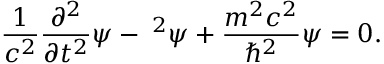
{ \frac { 1 } { c ^ { 2 } } } { \frac { \partial ^ { 2 } } { \partial t ^ { 2 } } } \psi - \mathbf { \nabla } ^ { 2 } \psi + { \frac { m ^ { 2 } c ^ { 2 } } { \hbar ^ { 2 } } } \psi = 0 .